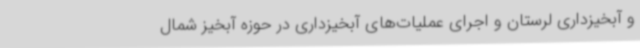
و آبخیزداری لرستان و اجرای عملیات‌های آبخیزداری در حوزه آبخیز شمال